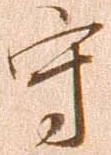
守